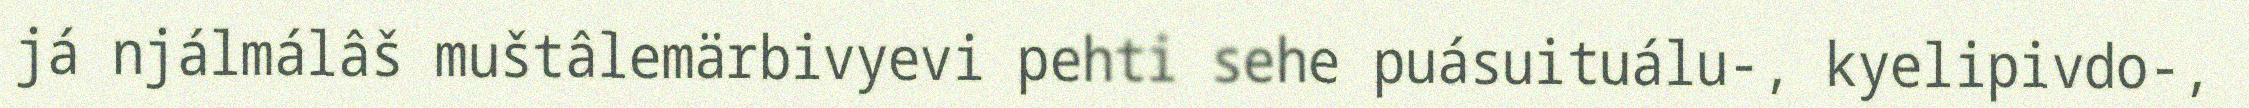
já njálmálâš muštâlemärbivyevi pehti sehe puásuituálu-, kyelipivdo-,